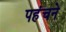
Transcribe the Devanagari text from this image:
पहंचने